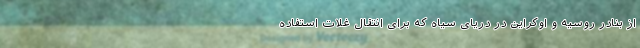
از بنادر روسیه و اوکراین در دریای سیاه که برای انتقال غلات استفاده